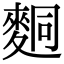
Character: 𪌢